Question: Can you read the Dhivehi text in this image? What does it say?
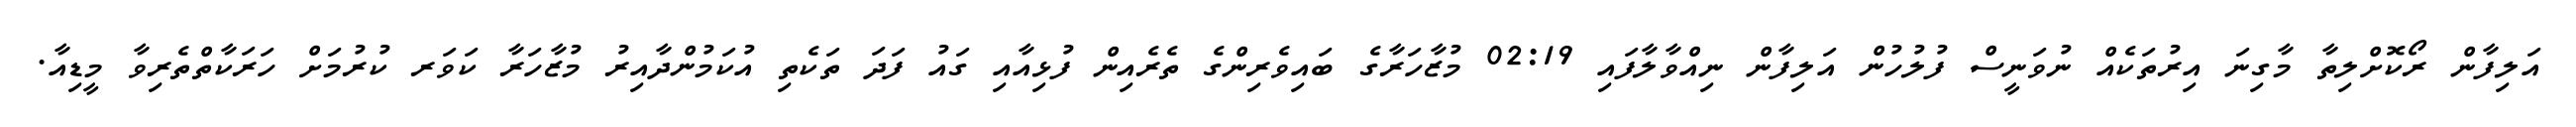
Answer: އަލިފާން ރޯކޮށްލިތާ މާގިނަ އިރުތަކެއް ނުވަނީސް ފުލުހުން އަލިފާން ނިއްވާލާފައި 02:19 މުޒާހަރާގެ ބައިވެރިންގެ ތެރެއިން ފުޅިއާއި ގައު ފަދަ ތަކެތި އުކަމުންދާއިރު މުޒާހަރާ ކަވަރ ކުރުމަށް ހަރަކާތްތެރިވާ މީޑިއާ.